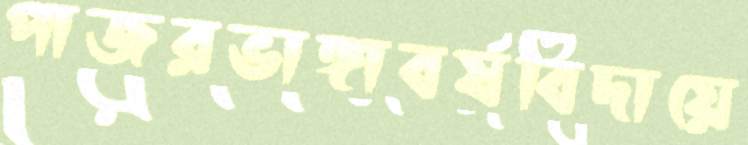
পাজরভাঙ্গাবর্ষবিদায়ে